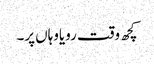
کچھ وقت رویاوہاں پر۔